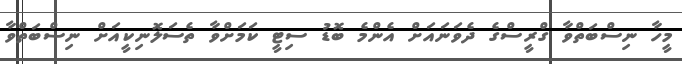
މީހާ ނިސްބަތްވާ ގްރީސްގެ ދެވަނައަށް އެންމެ ބޮޑު ސިޓީ ކަމަށްވާ ތެސަލޮނިކީއަށް ނިސްބަތްވާ